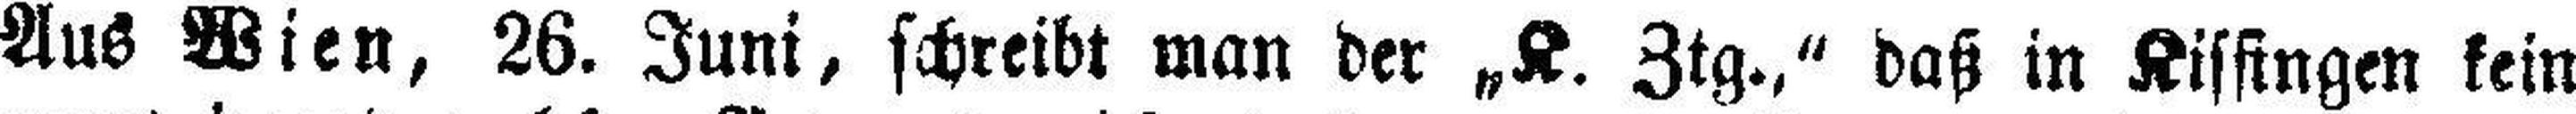
Aus Wien, 26. Juni, schreibt man der „K. Ztg.," daß in Kissingen kein